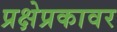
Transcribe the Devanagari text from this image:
प्रक्षेप्रकावर